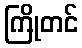
ကြိုတင်